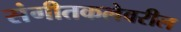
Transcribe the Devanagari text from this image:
संगीतकलेवरील